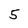
Character: 5